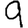
Digit: 9